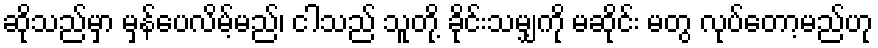
ဆိုသည်မှာ မှန်ပေလိမ့်မည်၊ ငါသည် သူတို့ ခိုင်းသမျှကို မဆိုင်း မတွ လုပ်တော့မည်ဟု